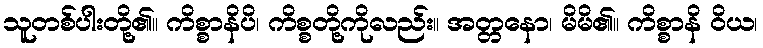
သူတစ်ပါးတို့၏။ ကိစ္စာနိပိ၊ ကိစ္စတို့ကိုလည်း။ အတ္တနော၊ မိမိ၏။ ကိစ္စာနိ ဝိယ၊